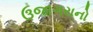
ઉજાગરાનો